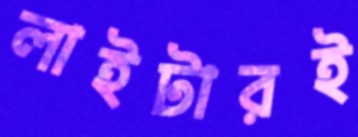
লাইটারই